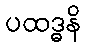
ပထဒ္ဓနိ